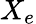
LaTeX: X_{e}